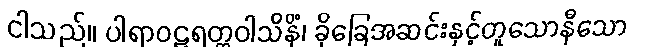
ငါသည်။ ပါရာဝဋရတ္တဝါသိနိံ၊ ခိုခြေအဆင်းနှင့်တူသောနီသော